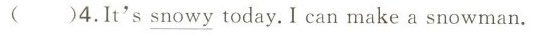
( )4.It's \underline{snowy} today.I can make a snowman.